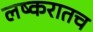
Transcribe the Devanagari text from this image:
लष्करातच